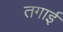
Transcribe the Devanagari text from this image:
तगाई